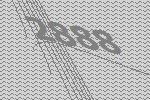
2888